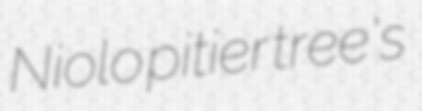
Niolo pitier tree's